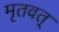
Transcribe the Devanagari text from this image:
मृतवत्‌